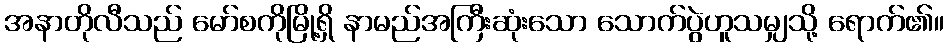
အနာတိုလီသည် မော်စကိုမြို့ရှိ နာမည်အကြီးဆုံးသော သောက်ပွဲဟူသမျှသို့ ရောက်၏။